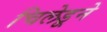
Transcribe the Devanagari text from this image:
चिलेडूने